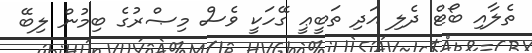
ތެލާއި ބޯޓް ދެލި އަދި ތަބީޢީ ގޭހަކީ ވެސް މިޞްރުގެ ބިމުން ލިބޭ